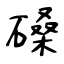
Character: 磉